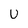
Character: U